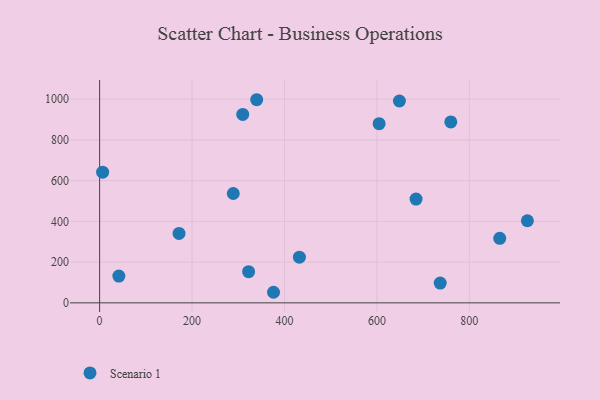
{"axis": {"x": "Price", "y": "Salary"}, "legend": ["Scenario 1"], "data": [{"x": "376.3", "y": 51.9, "type": "Scenario 1"}, {"x": "6.5", "y": 641.3, "type": "Scenario 1"}, {"x": "289.2", "y": 536.6, "type": "Scenario 1"}, {"x": "684.7", "y": 509.3, "type": "Scenario 1"}, {"x": "604.8", "y": 879.2, "type": "Scenario 1"}, {"x": "925.6", "y": 403.0, "type": "Scenario 1"}, {"x": "759.9", "y": 888.1, "type": "Scenario 1"}, {"x": "737.0", "y": 97.0, "type": "Scenario 1"}, {"x": "432.3", "y": 224.4, "type": "Scenario 1"}, {"x": "322.4", "y": 152.8, "type": "Scenario 1"}, {"x": "648.7", "y": 990.7, "type": "Scenario 1"}, {"x": "865.8", "y": 316.8, "type": "Scenario 1"}, {"x": "309.7", "y": 925.0, "type": "Scenario 1"}, {"x": "339.9", "y": 997.0, "type": "Scenario 1"}, {"x": "41.6", "y": 131.6, "type": "Scenario 1"}, {"x": "171.8", "y": 340.8, "type": "Scenario 1"}]}